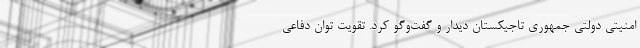
امنیتی دولتی جمهوری تاجیکستان دیدار و گفت‌وگو کرد. تقویت توان دفاعی